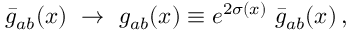
\bar { g } _ { a b } ( x ) \ \rightarrow \ g _ { a b } ( x ) \equiv e ^ { 2 \sigma ( x ) } \ \bar { g } _ { a b } ( x ) \, ,